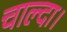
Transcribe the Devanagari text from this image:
चाल्दा।